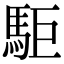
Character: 駏